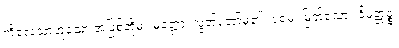
ကိလေသာဟူသော အပြစ်တို့မှ။ မုတ္တော၊ လွတ်တော်မူ၏။ ပရမံ၊ မြတ်သော။ ဝိမုတ္တဉ္စ၊